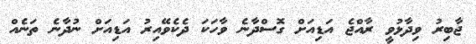
ޖާބިރު ވިދާޅުވީ ރާއްޖެ އަޑިއަށް ގޮސްދާނެ ވާހަކަ ދެކެވޭއިރު އަޑިއަށް ނުދާނެ ތަނެއް